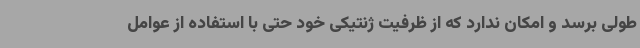
طولی برسد و امکان ندارد که از ظرفیت ژنتیکی خود حتی با استفاده از عوامل